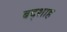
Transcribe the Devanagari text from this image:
बद्शाह